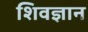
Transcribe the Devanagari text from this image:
शिवज्ञान